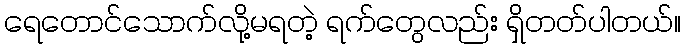
ရေတောင်သောက်လို့မရတဲ့ ရက်တွေလည်း ရှိတတ်ပါတယ်။